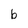
Character: b